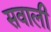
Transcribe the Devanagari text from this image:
सवाली